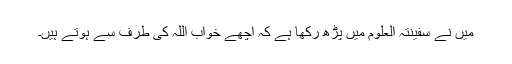
میں نے سفینتہ العلوم میں پڑھ رکھا ہے کہ اچھے خواب اللہ کی طرف سے ہوتے ہیں۔